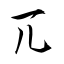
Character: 兀